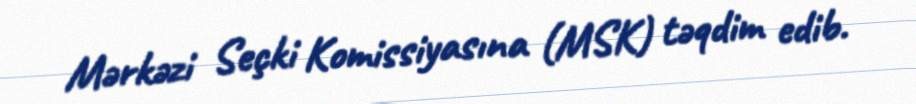
Mərkəzi Seçki Komissiyasına (MSK) təqdim edib.